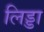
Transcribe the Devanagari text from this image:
लिड्डा